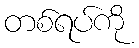
တစ်ရပ်ကို